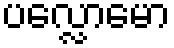
ပလ္လောမော